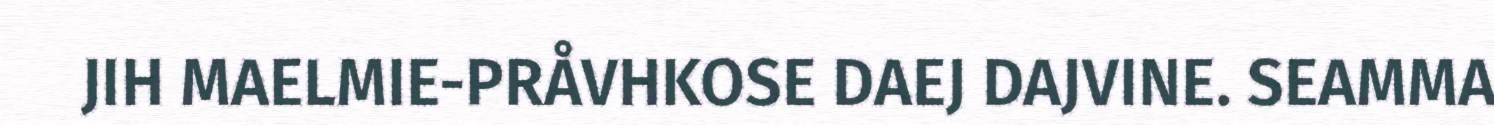
JIH MAELMIE-PRÅVHKOSE DAEJ DAJVINE. SEAMMA